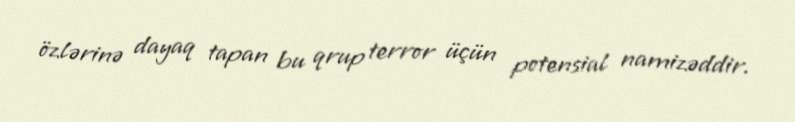
özlərinə dayaq tapan bu qrup terror üçün potensial namizəddir.